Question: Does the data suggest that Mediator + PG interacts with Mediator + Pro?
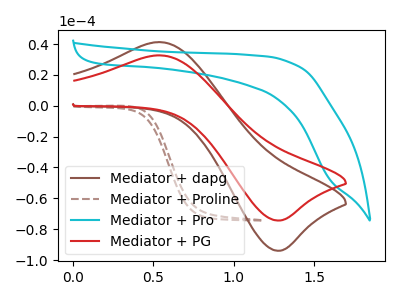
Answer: <think>The brown curve "Mediator + dapg" has an anodic peak at (0.55V, 41.25uA) and a cathodic peak at (1.30V, -93.95uA). The brown dashed curve "Mediator + Proline" has no peaks. The cyan curve "Mediator + Pro" has no peaks. The red curve "Mediator + PG" has an anodic peak at (0.55V, 32.65uA) and a cathodic peak at (1.30V, -74.35uA).
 "Mediator + PG" and "Mediator + Pro" have a different number of peaks.</think>
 <answer>Yes, "Mediator + PG" and "Mediator + Pro" are different in shape.</answer>
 <eval>yes_change</eval>